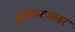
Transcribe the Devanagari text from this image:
ध्रुवीकरणावर